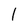
Character: l